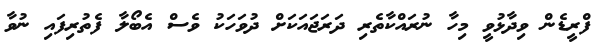
ފްރީޑެން ވިދާޅުވީ މިހާ ނުރައްކާތެރި ދަރަޖައަކަށް ދުވަހަކު ވެސް އެބޯލާ ފެތުރިފައި ނުވާ